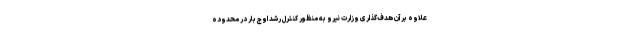
علاوه بر آن هدف‌گذاری وزارت نیرو به منظور کنترل رشد اوج بار در محدوده